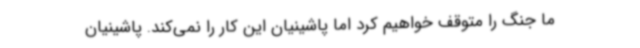
ما جنگ را متوقف خواهیم کرد اما پاشینیان این کار را نمی‌کند. پاشینیان